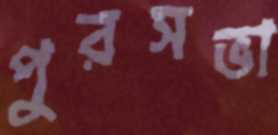
পুরসভা